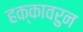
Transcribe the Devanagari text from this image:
हक्कावरुन